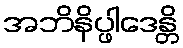
အဘိနိပ္ဖါဒေန္တိ